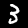
Label: 3